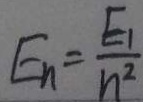
E _ { n } = \frac { E _ { 1 } } { n ^ { 2 } }